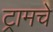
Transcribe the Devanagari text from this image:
ट्रामचे